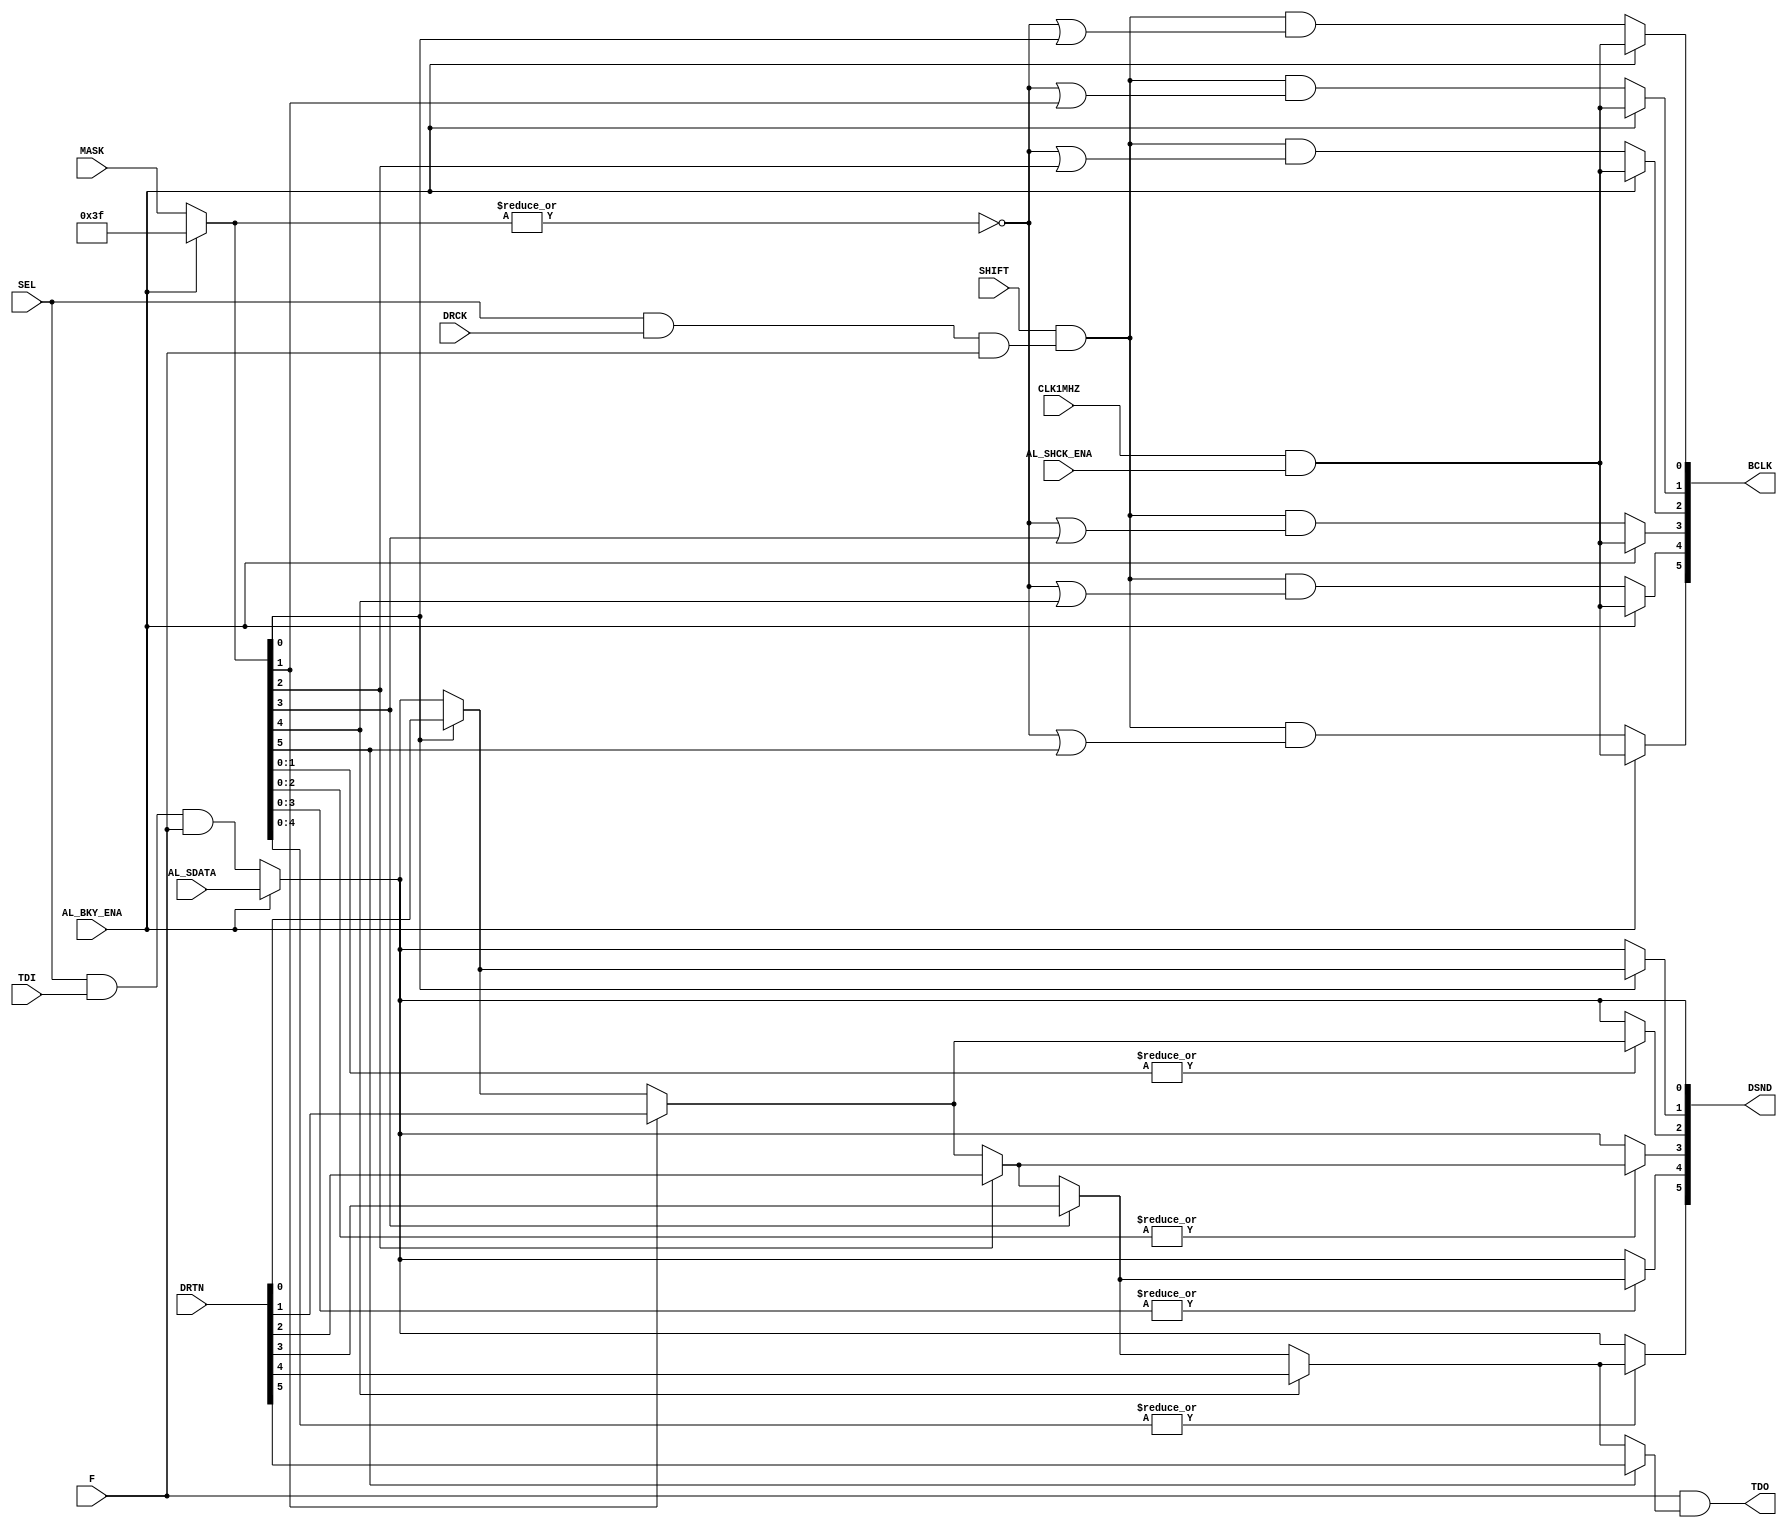
`timescale 1ns / 1ps
//////////////////////////////////////////////////////////////////////////////////
// Company: 
// Engineer: 
// 
// Design Name: 
// Module Name:    bky_shift 
// Project Name: 
// Target Devices: 
// Tool versions: 
// Description: 
//
// Dependencies: 
//
// Revision: 
// Revision 0.01 - File Created
// Additional Comments: 
//
//////////////////////////////////////////////////////////////////////////////////
module bky_shift(
    input DRCK,        // Data Reg Clock
    input CLK1MHZ,     // 1MHz clock for auto loading
    input SEL,         // User 2 mode active
    input F,           // Function select
    input TDI,         // Serial Test Data In
    input [6:1] MASK,  // Mask of which amplifiers to include in shift loop
    input SHIFT,       // Shift state
    input AL_BKY_ENA,  // Autoload process active
    input AL_SHCK_ENA, // Autoload shift clock
    input AL_SDATA   , // Autoload serial data
    input [6:1] DRTN,  // Serial data returned from amplifiers
    output [6:1] DSND, // Serial data sent to amplifiers
    output [6:1] BCLK, // Shift clock for amplifiers
    output TDO        // Test data out of the complete loop
	 );
	
   wire all;
	wire shclk, shin;
	wire [6:1] msel;
   wire [7:1] mout;
	wire [6:1] mask_i;
	
	assign mask_i  = AL_BKY_ENA ? 6'b111111 : MASK;
   assign all     = ~|mask_i;  // NOR of all bits in mask (active if no bits set in mask).
	assign shclk   = (SEL & DRCK & F); // shift clock
	assign shin    = AL_BKY_ENA ? AL_SDATA : (SEL & TDI & F);  // shift data

   assign BCLK[1] = AL_BKY_ENA ? (CLK1MHZ & AL_SHCK_ENA) : ((SHIFT & shclk) & (all | mask_i[1])); 
   assign BCLK[2] = AL_BKY_ENA ? (CLK1MHZ & AL_SHCK_ENA) : ((SHIFT & shclk) & (all | mask_i[2])); 
   assign BCLK[3] = AL_BKY_ENA ? (CLK1MHZ & AL_SHCK_ENA) : ((SHIFT & shclk) & (all | mask_i[3])); 
   assign BCLK[4] = AL_BKY_ENA ? (CLK1MHZ & AL_SHCK_ENA) : ((SHIFT & shclk) & (all | mask_i[4])); 
   assign BCLK[5] = AL_BKY_ENA ? (CLK1MHZ & AL_SHCK_ENA) : ((SHIFT & shclk) & (all | mask_i[5])); 
   assign BCLK[6] = AL_BKY_ENA ? (CLK1MHZ & AL_SHCK_ENA) : ((SHIFT & shclk) & (all | mask_i[6])); 
	
	assign msel    = {|mask_i[5:1],|mask_i[4:1],|mask_i[3:1],|mask_i[2:1],mask_i[1],1'b0};  // selection word for data to send to amplifiers
	
	assign mout[1]    = shin; 
	assign mout[2]    = mask_i[1] ? DRTN[1] : mout[1];   // Multiplexer for data from amplifiers
	assign mout[3]    = mask_i[2] ? DRTN[2] : mout[2];   // Multiplexer for data from amplifiers
	assign mout[4]    = mask_i[3] ? DRTN[3] : mout[3];   // Multiplexer for data from amplifiers
	assign mout[5]    = mask_i[4] ? DRTN[4] : mout[4];   // Multiplexer for data from amplifiers
	assign mout[6]    = mask_i[5] ? DRTN[5] : mout[5];   // Multiplexer for data from amplifiers
	assign mout[7]    = mask_i[6] ? DRTN[6] : mout[6];   // Multiplexer for data from amplifiers
	
	assign DSND[1]    = msel[1] ? mout[1] : shin;  // Multiplexer for data to amplifiers
	assign DSND[2]    = msel[2] ? mout[2] : shin;  // Multiplexer for data to amplifiers
	assign DSND[3]    = msel[3] ? mout[3] : shin;  // Multiplexer for data to amplifiers
	assign DSND[4]    = msel[4] ? mout[4] : shin;  // Multiplexer for data to amplifiers
	assign DSND[5]    = msel[5] ? mout[5] : shin;  // Multiplexer for data to amplifiers
	assign DSND[6]    = msel[6] ? mout[6] : shin;  // Multiplexer for data to amplifiers
	assign TDO     = F & mout[7];             // serial output

endmodule